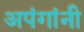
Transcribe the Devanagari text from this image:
अपंगांनी